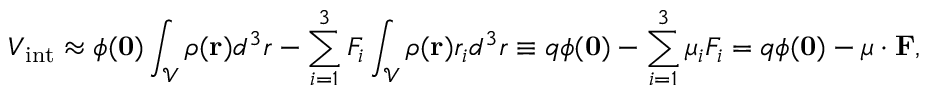
V _ { \mathrm { i n t } } \approx \phi ( \mathbf { 0 } ) \int _ { \mathcal { V } } \rho ( \mathbf { r } ) d ^ { 3 } r - \sum _ { i = 1 } ^ { 3 } F _ { i } \int _ { \mathcal { V } } \rho ( \mathbf { r } ) r _ { i } d ^ { 3 } r \equiv q \phi ( \mathbf { 0 } ) - \sum _ { i = 1 } ^ { 3 } \mu _ { i } F _ { i } = q \phi ( \mathbf { 0 } ) - { \boldsymbol { \mu } } \cdot \mathbf { F } ,